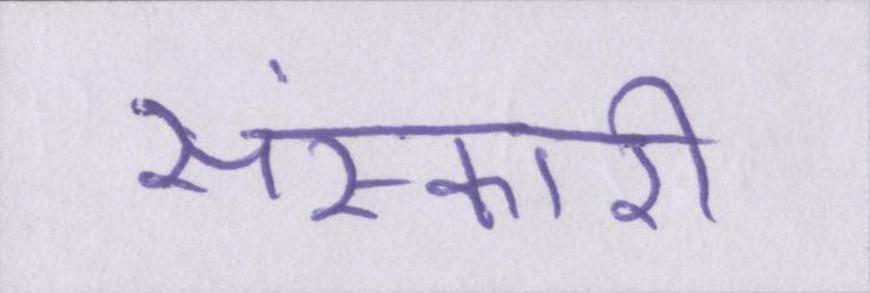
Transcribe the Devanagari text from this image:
संस्कारी